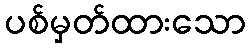
ပစ်မှတ်ထားသော